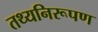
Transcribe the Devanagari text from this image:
तथ्यनिरूपण